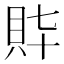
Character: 𧴶